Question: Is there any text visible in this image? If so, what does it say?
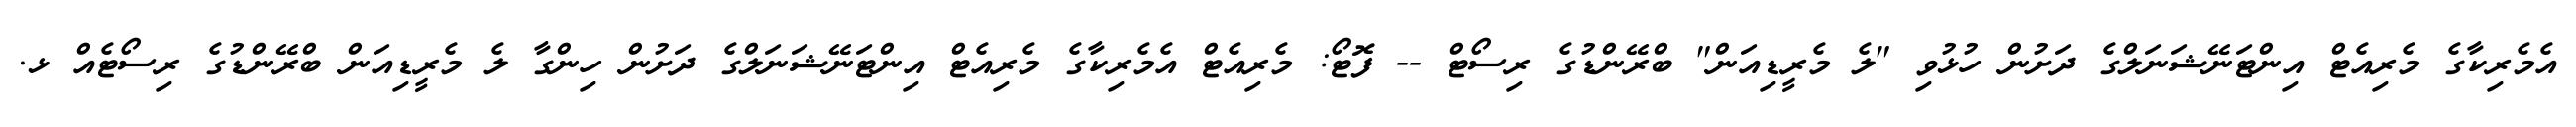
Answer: އެމެރިކާގެ މެރިއެޓް އިންޓަނޭޝަނަލްގެ ދަށުން ހުޅުވި "ލެ މެރީޑިއަން" ބްރޭންޑުގެ ރިސޯޓް -- ފޮޓޯ: މެރިއެޓް އެމެރިކާގެ މެރިއެޓް އިންޓަނޭޝަނަލްގެ ދަށުން ހިންގާ ލެ މެރީޑިއަން ބްރޭންޑުގެ ރިސޯޓެއް ޅ.